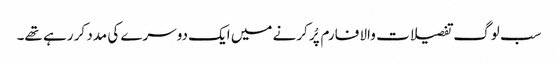
سب لوگ تفصیلات والا فارم پُر کرنے میں ایک دوسرے کی مدد کر رہے تھے۔